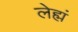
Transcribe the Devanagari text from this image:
लेह्मं